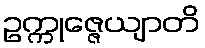
ဥက္ကုဇ္ဇေယျာတိ